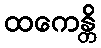
ထကေန္တိ